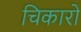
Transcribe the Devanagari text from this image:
चिकारो